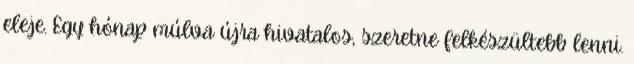
eleje. Egy hónap múlva újra hivatalos, szeretne felkészültebb lenni.